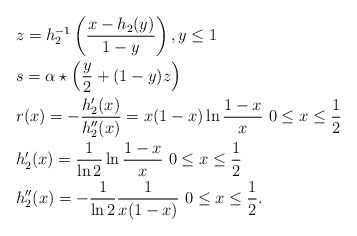
\begin{align*}&z=h_2^{-1}\left(\frac{x-h_2(y)}{1-y}\right),y\leq 1\\&s=\alpha\star\left(\frac{y}{2}+(1-y)z\right)\\&r(x)=-\frac{h_2^\prime(x)}{h_2^{\prime\prime}(x)}=x(1-x)\ln \frac{1-x}{x} \ 0\leq x\leq \frac{1}{2}\\&h_2^\prime(x)=\frac{1}{\ln 2}\ln\frac{1-x}{x} \ 0\leq x\leq \frac{1}{2}\\&h_2^{\prime\prime}(x)=-\frac{1}{\ln 2}\frac{1}{x(1-x)} \ 0\leq x\leq \frac{1}{2}.\end{align*}